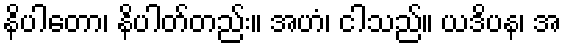
နိပါတော၊ နိပါတ်တည်း။ အဟံ၊ ငါသည်။ ယဒိပန၊ အ